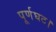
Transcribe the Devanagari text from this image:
पूर्णघट।